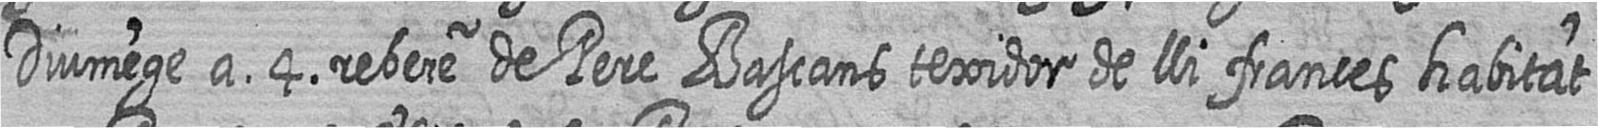
Diumenge a 4 rebere de Pere Bascans texidor de lli frances habitat